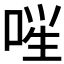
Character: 𪡚